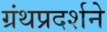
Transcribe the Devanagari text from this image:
ग्रंथप्रदर्शने